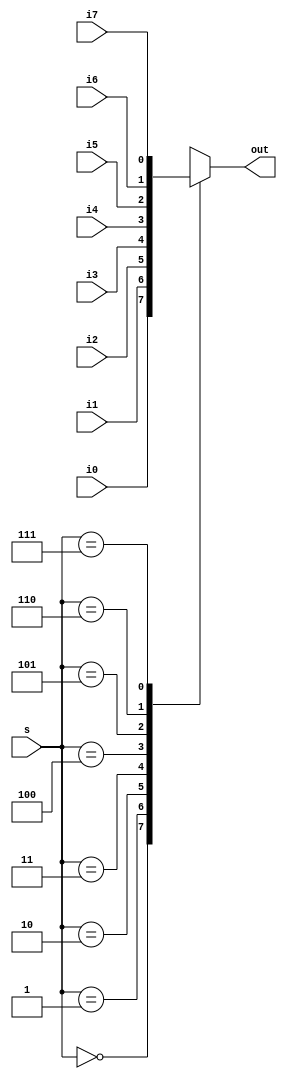
`timescale 1ns / 1ps
//////////////////////////////////////////////////////////////////////////////////
// Company: 
// Engineer: 
// 
// Design Name: 
// Module Name:    Mux8by1B 
// Project Name: 
// Target Devices: 
// Tool versions: 
// Description: 
//
// Dependencies: 
//
// Revision: 
// Revision 0.01 - File Created
// Additional Comments: 
//
//////////////////////////////////////////////////////////////////////////////////
module Mux8by1B(out,s,i0,i1,i2,i3,i4,i5,i6,i7
    );
input i0,i1,i2,i3,i4,i5,i6,i7;
input [2:0] s;
output reg out;
always @(s)
begin
case(s)
3'b000:out=i0;
3'b001:out=i1;
3'b010:out=i2;
3'b011:out=i3;
3'b100:out=i4;
3'b101:out=i5;
3'b110:out=i6;
3'b111:out=i7;
default:out=8'bx;
endcase
end

endmodule